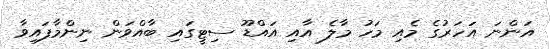
އަންނަ އަހަރުގެ މެއި މަހު މާލެ އާއި އައްޑޫ ސިޓީގައި ބާއްވަން ނިންމާފައިވާ